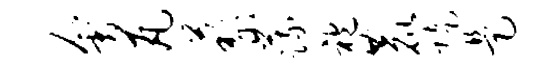
会瓦藜蔬袍鹿陡是